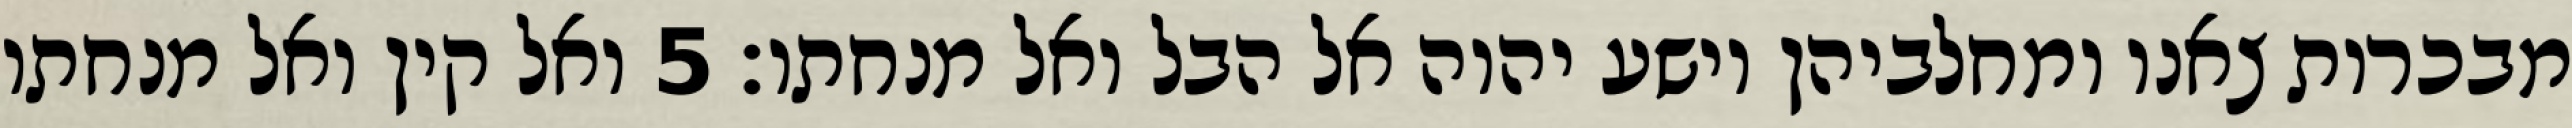
מבכרות צאנו ומחלביהן וישע יהוה אל הבל ואל מנחתו׃ ‎5‏ ואל קין ואל מנחתו